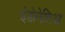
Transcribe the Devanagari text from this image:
इंडोनेशिआ